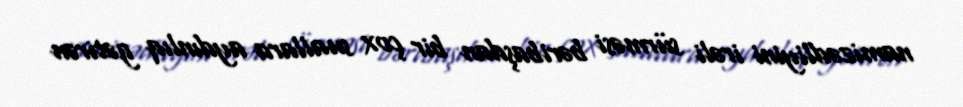
namizədliyini irəli sürməsi bəribaşdan bir çox suallara aydınlıq gətirən